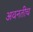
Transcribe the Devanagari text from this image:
अवनतीच